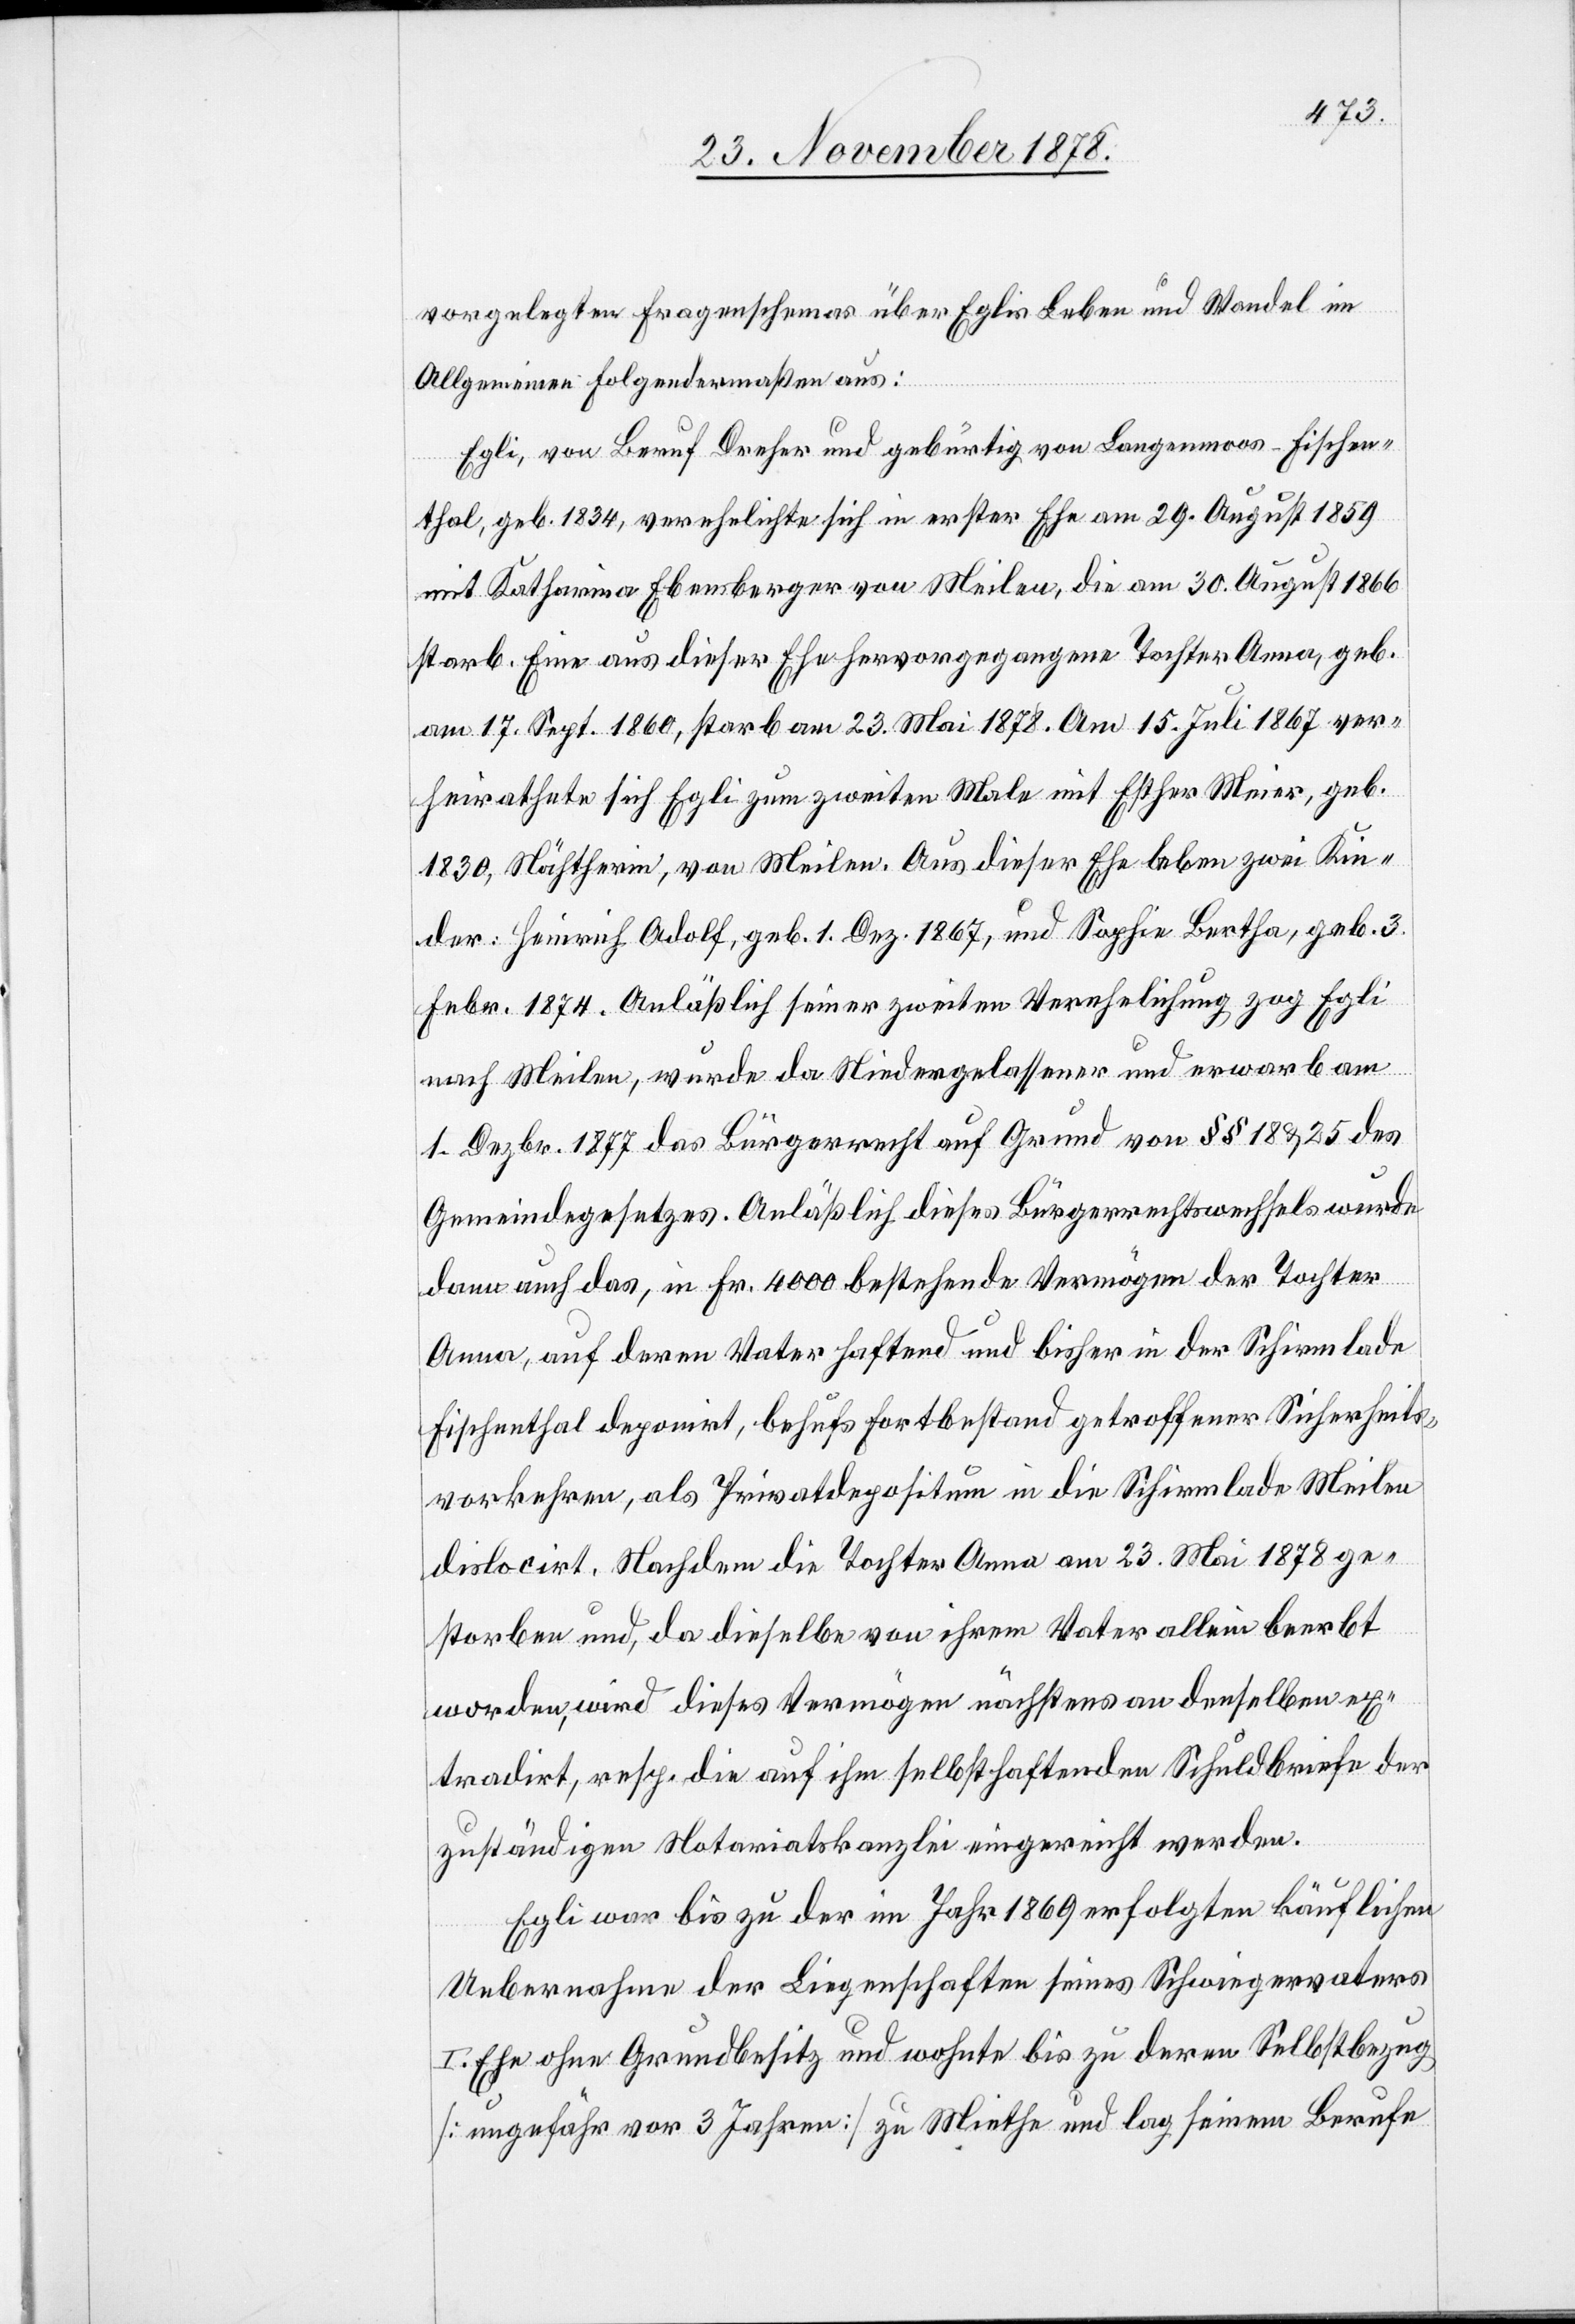
vorgelegten Fragenschemas über Eglis Leben und Wandel im
Allgemeinen folgendermaßen aus:
Egli, von Beruf Dreher und gebürtig von Langenmoos - Fischen¬
thal, geb. 1834, verehelichte sich in erster Ehe am 29. August 1859
mit Katharina Ebensberger von Meilen, die am 30. August 1866
starb. Eine aus dieser Ehe hervorgegangene Tochter Anna, geb.
am 17. Sept. 1860, starb am 23. Mai 1878. Am 15. Juli 1867 ver¬
heirathete sich Egli zum zweiten Male mit Esther Meier, geb.
1830, Nähtherin, von Meilen, von Meilen. Aus dieser Ehe leben zwei Kin¬
der: Heinrich Adolf, geb. 1. Dez. 1867, und Sophie Bertha, geb. 3.
Febr. 1874. Anläßlich seiner zweiten Verehelichung zog Egli
nach Meilen, wurde da Niedergelassener und erwarb am
1. Dezbr. 1877 das Bürgerrecht auf Grund von §§ 18 & 25 des
Gemeindegesetzes. Anläßlich dieses Bürgerrechtswechsels wurde
dann auch das, in Fr. 4000 bestehende Vermögen der Tochter
Anna, auf deren Vater haften und bisher in der Schirmlade
Fischenthal deponirt, behufs fortbestand getroffener Sicherheits¬
vorkehren, als Privatdepositum in die Schirmlade Meilen
dislocirt. Nachdem die Tochter Anna am 23. Mai 1878 ge¬
storben und, da dieselbe von ihrem Vater allein beerbt
worden, wird dieses Vermögen nächstens an denselben ex¬
tradirt, resp. die auf ihm selbsthaftenden Schuldbriefe der
zuständigen Notariatskanzlei eingereicht werden.
Egli war bis zu der im Jahr 1869 erfolgten käuflichen
Uebernahme der Liegenschaften seines Schwiegervaters
Ehe ohne Grundbesitz und wohnte bis zu deren Selbstbezug
[ungefähr vor 3 Jahren] zu Miethe und lag seinem Berufe